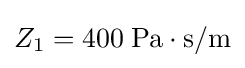
Z_{1}=400\;\mathrm {Pa\cdot s/m}